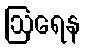
ဩရေန